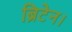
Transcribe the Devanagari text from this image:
ब्रिटेन।